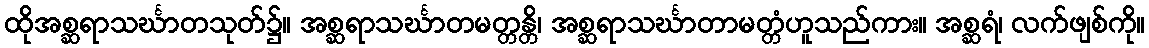
ထိုအစ္ဆရာသင်္ဃာတသုတ်၌။ အစ္ဆရာသင်္ဃာတမတ္တန္တိ၊ အစ္ဆရာသင်္ဃာတာမတ္တံဟူသည်ကား။ အစ္ဆရံ၊ လက်ဖျစ်ကို။